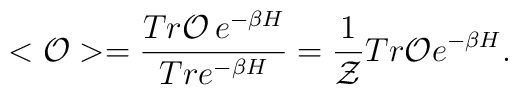
<{\cal O}>=\frac{Tr  {\cal O}\,e^{-\beta H}}{Tr e^{-\beta H}}=\frac{1}{{\cal Z}} Tr {\cal O} e^{-\beta H}.